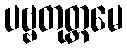
ပဗ္ဗတုတ္တမေ